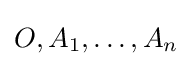
O,A_{1},\ldots ,A_{n}